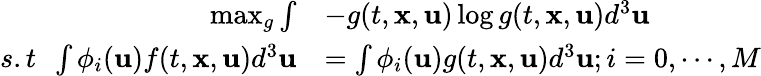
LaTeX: \begin{array}{rl}{\operatorname*{max}_{g}\int}&{-g(t,\mathbf{x},\mathbf{u})\log g(t,\mathbf{x},\mathbf{u})d^{3}\mathbf{u}}\\ {s.t\ \ \int\phi_{i}(\mathbf{u})f(t,\mathbf{x},\mathbf{u})d^{3}\mathbf{u}}&{=\int\phi_{i}(\mathbf{u})g(t,\mathbf{x},\mathbf{u})d^{3}\mathbf{u};i=0,\cdots,M}\end{array}